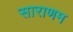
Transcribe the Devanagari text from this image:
साराणम